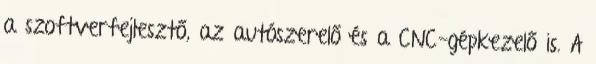
a szoftverfejlesztő, az autószerelő és a CNC-gépkezelő is. A